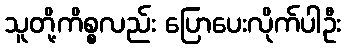
သူတို့ကိစ္စလည်း ပြောပေးလိုက်ပါဦး